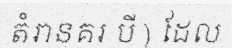
តំរានគរ បី ) ដែល